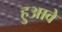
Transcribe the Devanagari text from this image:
हुआवे